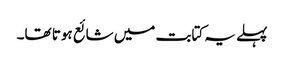
پہلے یہ کتابت میں شائع ہوتا تھا۔